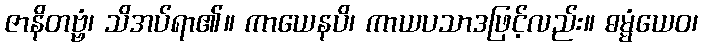
ဇာနိတဗ္ဗံ၊ သိအပ်ရာ၏။ ကာယေနပိ၊ ကာယပသာဒဖြင့်လည်း။ ဓမ္မံယေဝ၊